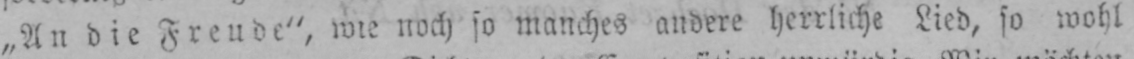
noch so manches andere herrliche Lied, so wohl